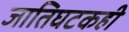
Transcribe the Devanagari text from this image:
जातिघटकही